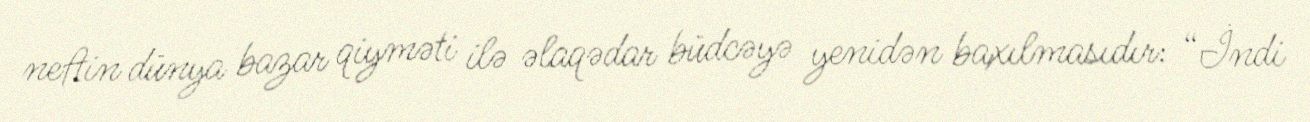
neftin dünya bazar qiyməti ilə əlaqədar büdcəyə yenidən baxılmasıdır: “İndi